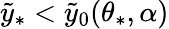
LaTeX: \tilde{y}_{\ast}<\tilde{y}_{0}(\theta_{\ast},\alpha)